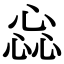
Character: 惢